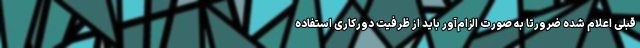
قبلی اعلام شده ضرورتا به صورت الزام‌آور باید از ظرفیت دورکاری استفاده